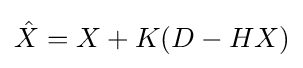
{\hat {X}}=X+K(D-HX)